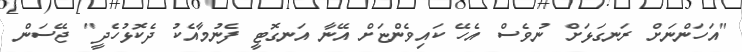
"އަހަންނަށް ރަނގަޅަށް ނުވެސް އެހޭ ކައިވެންޏަށް އޭނާ އަނގޮޓީ ފެނުމާއެކު ދެކޮޅުހެދީ" ޖޭސަން